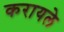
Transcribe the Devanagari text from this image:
करायले